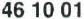
46 10 01